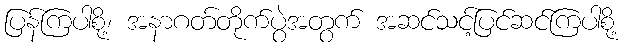
ပြန်ကြပါစို့၊ အနာဂတ်တိုက်ပွဲအတွက် အဆင်သင့်ပြင်ဆင်ကြပါစို့